Vaccination in the Punjab 1897-1904 - 1897-1904
Year: 1897
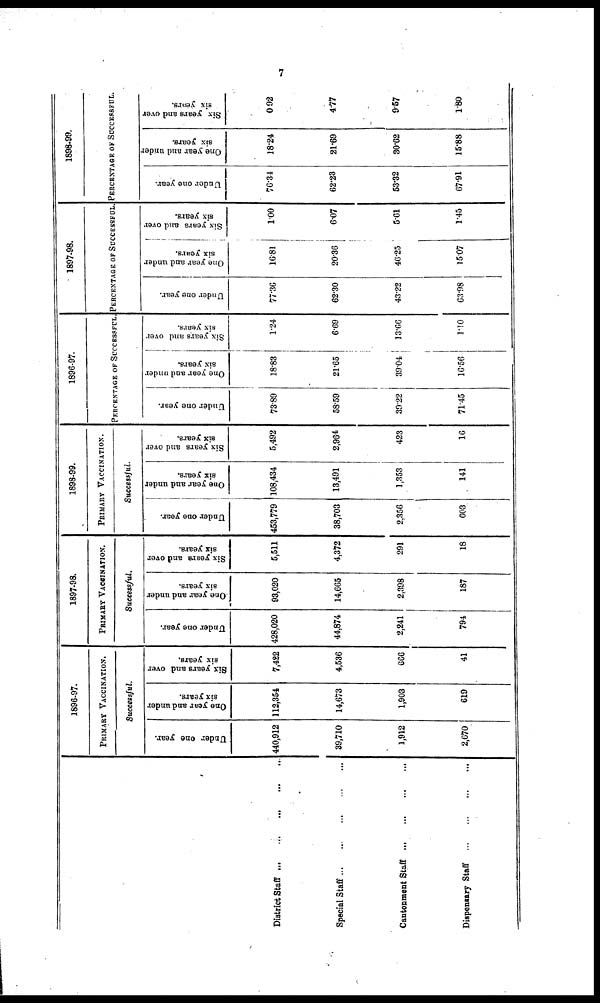
7
District Staff ... ... ... ... ...
Special Staff
...
...
...
...
...
Cantonment Staff ... ... ... ... ...
Dispensary Staff ... ... ... ... ...
1896-97.
PRIMARY VACCINATION.
Successful.
Under one year.
440,912
39,710
1,912
2,670
One year and under
six years.
112,354
14,673
1,903
619
Six years and over
six years.
7,422
4,536
666
41
1897-98.
PRIMARY VACCINATION.
Successful.
Under one year.
428,020
44,874
2,241
794
One year and under
six years.
93,020
14,665
2,398
187
Six years and over
six years.
5,511
4,372
291
18
1898-99.
PRIMARY VACCINATION.
Successful.
Under one year.
453,779
38,703
2,356
603
One year and under
six years.
108,434
13,491
1,353
141
Six years and over
six years.
5,492
2,964
423
16
1896-97.
PERCENTAGE OF SUCCESSFUL
Under one year.
73.89
58.59
39.22
71.45
One year and under
six years.
18.83
21.65
39.04
16.56
Six years and over
six years.
1.24
6.69
13.66
1.10
1897-98.
PERCENTAGE OF SUCCESSFUL
Under one year.
77.36
62.30
43.22
63.98
One year and under
six years.
16.81
20.36
46.25
15.07
Six years and over
six years.
1.00
6.07
5.61
1.45
1898-99.
PERCENTAGE OF SUCCESSFUL.
Under one year.
76.34
62.23
53.32
67.91
One year and under
six years.
18.24
21.69
30.62
15.88
Six years and over
six years.
0.92
4.77
9.57
1.80